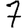
Digit: 7